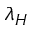
\lambda _ { H }